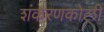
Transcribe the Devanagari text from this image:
शंकरणकोली